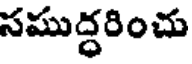
సముద్ధరించు